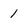
Character: 1